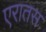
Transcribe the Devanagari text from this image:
एरातस